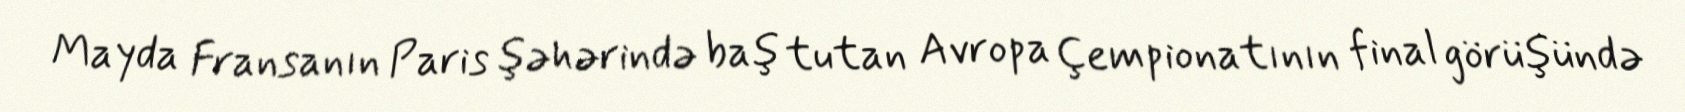
Mayda Fransanın Paris şəhərində baş tutan Avropa Çempionatının final görüşündə